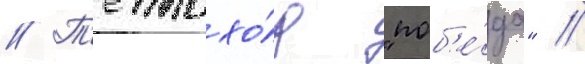
// Т'еплохо́д "поб'е́да" //